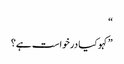
“
”کہو کیا درخواست ہے؟